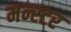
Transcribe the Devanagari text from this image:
मन्स्टर